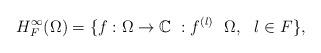
LaTeX: \begin{align*}H_{F}^{\infty}(\Omega)=\{f:\Omega\rightarrow \mathbb{C}\ : f^{(l)} \ \ \Omega,\ \ l \in F\},\end{align*}